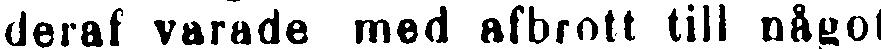
deraf varade med afbrott till något